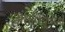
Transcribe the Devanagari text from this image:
अंधविश्र्वासों